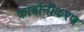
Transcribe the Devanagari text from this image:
कार्बोनीकरण